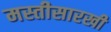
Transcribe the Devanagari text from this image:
मस्तीसारखी